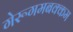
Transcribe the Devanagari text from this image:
गेरूगमबक्कम